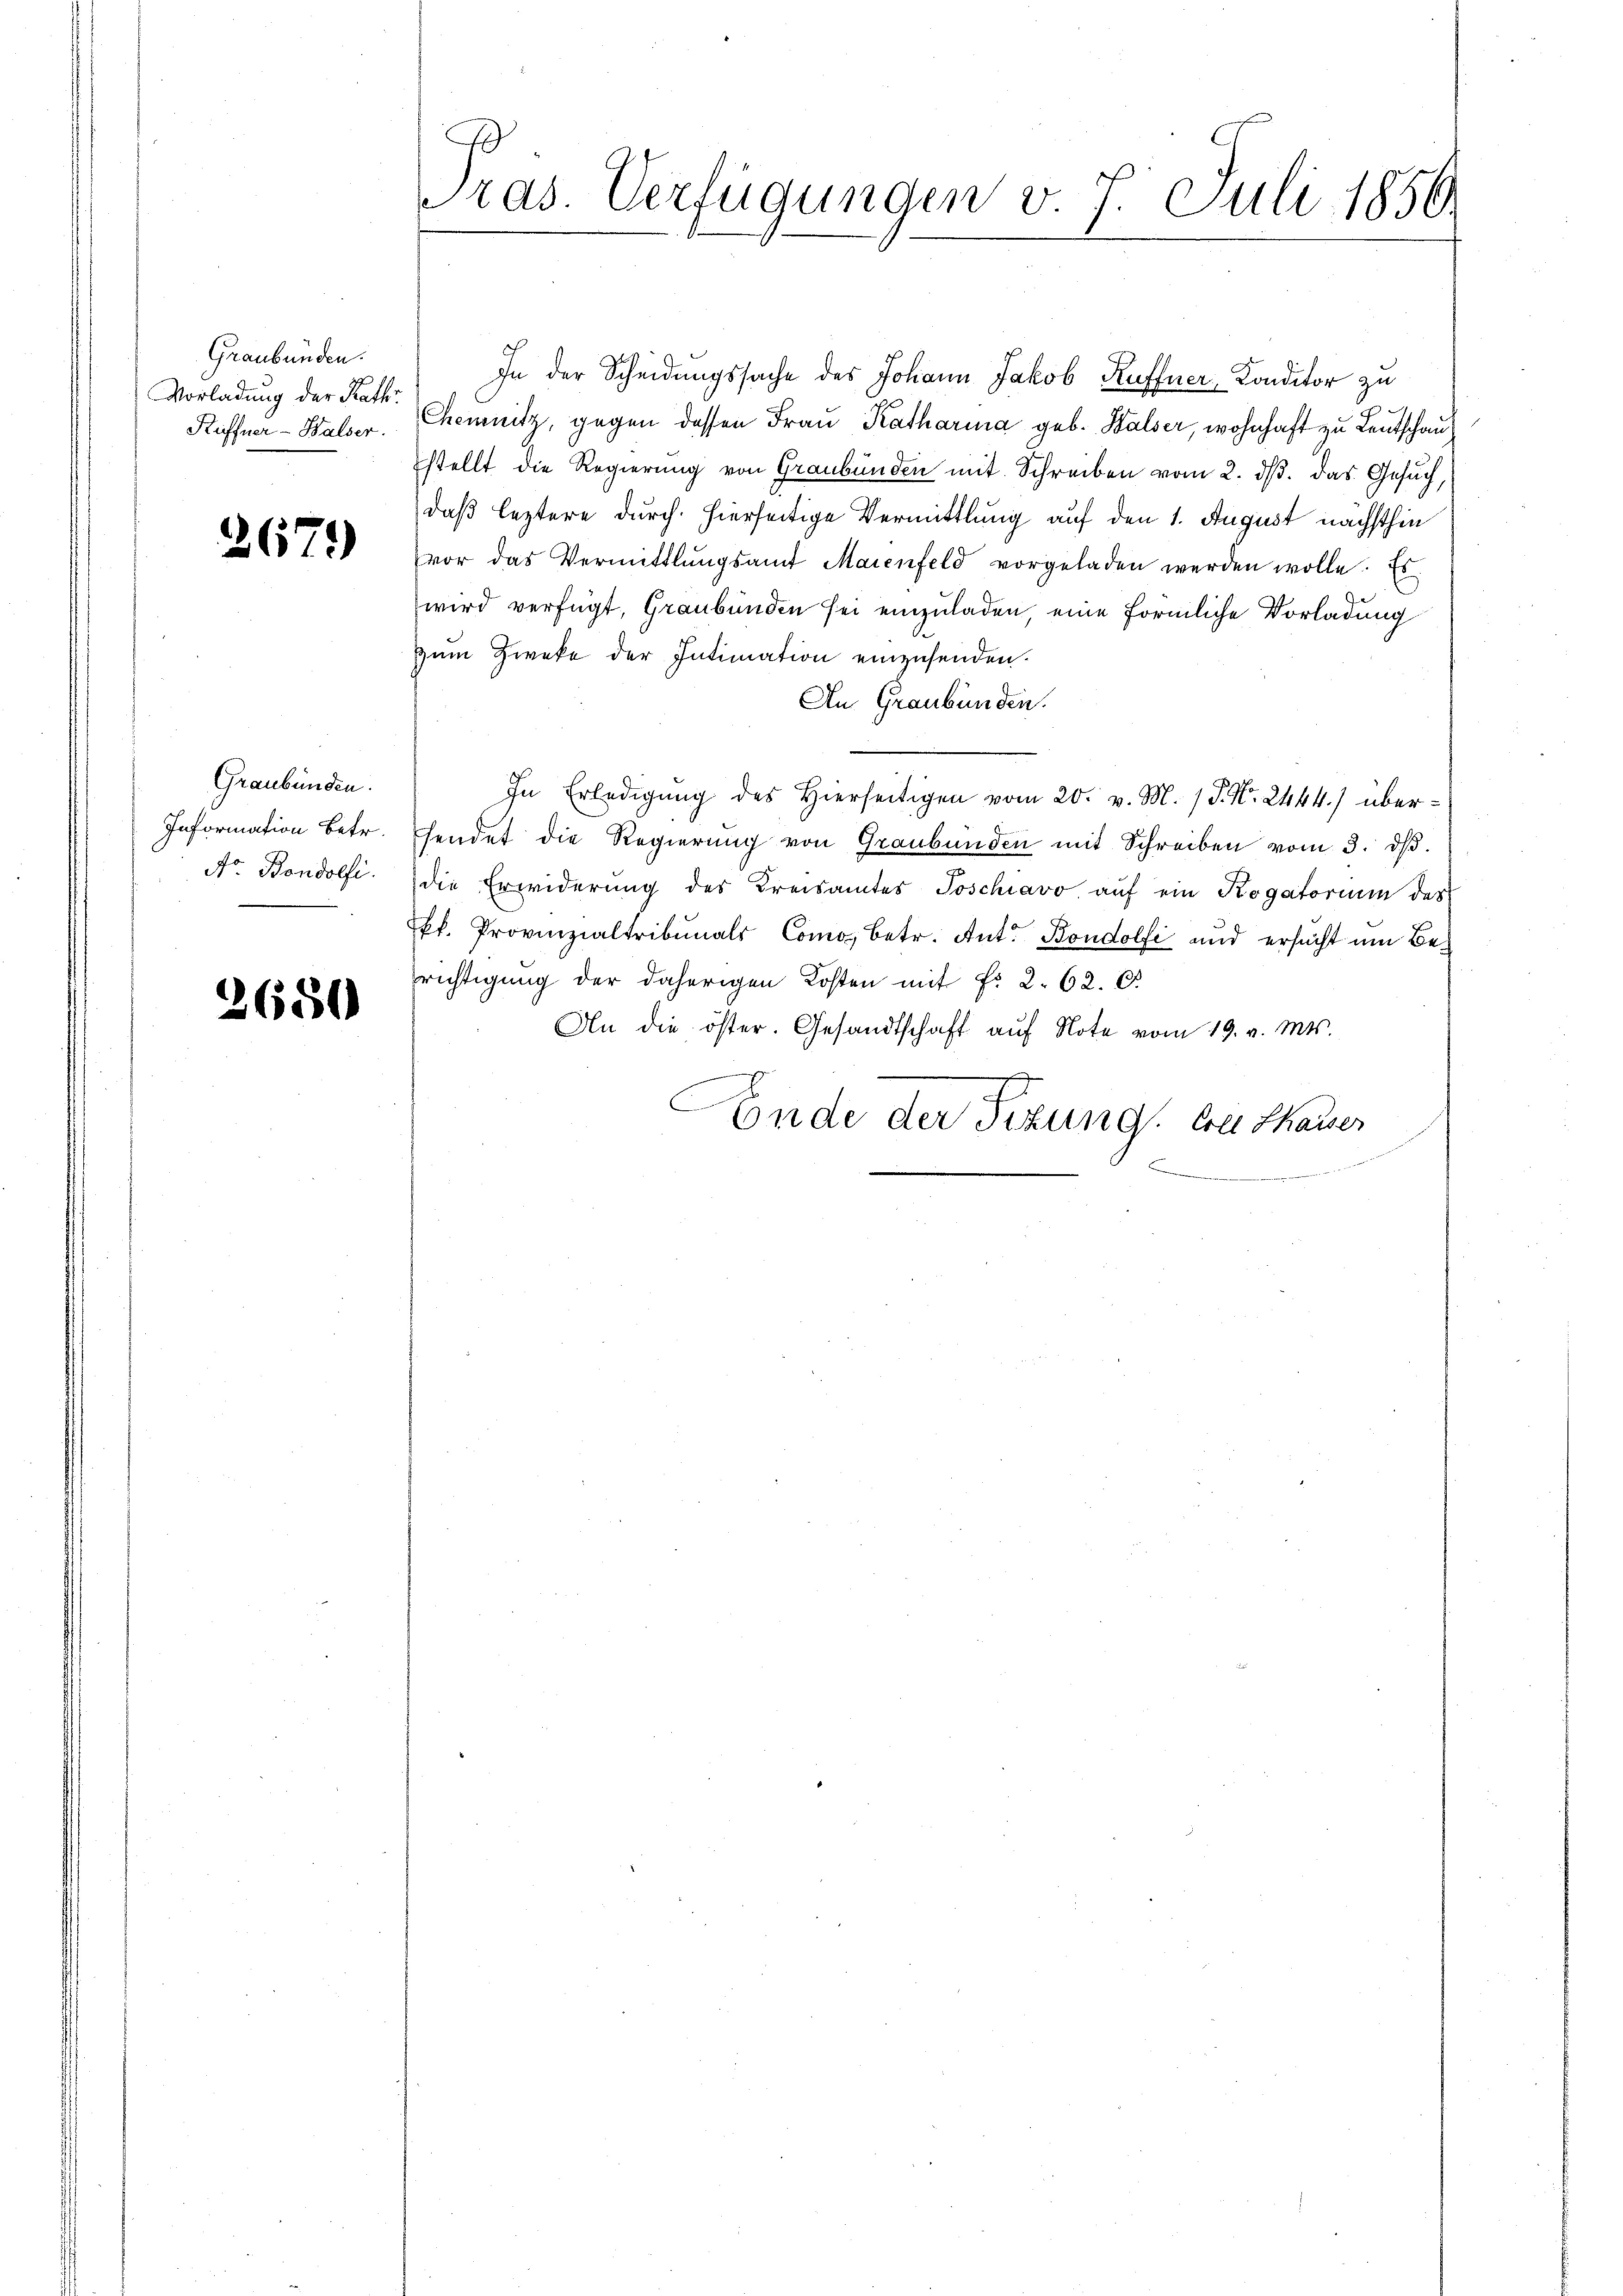
Graubünden.
Vorladung der Kathr
Küffner-Balser.

267.

Graubünden.
Information betr.
Nr. Bondolfi.

2650

ras. Verfügungen v. 7. Juli 1856.

In der Scheidungssache des Johann Jakob Ruffner, Konditor zu
Chemnitz, gegen dessen Frau Katharina geb. Walser, wohnhaft zu Leutschau
stellt die Regierung von Graubünden mit Schreiben vom 2. ds. das Gesuch,
daß leztere durch hierseitige Vermittlung auf den 1. August nächsthin
vor das Vermittlungsamt Maienfeld vorgeladen werden wolle. Es
wird verfügt, Graubünden sei einzuladen, eine förmliche Vorladung
Zum Zweke der Intimation einzusenden.
An Graubünden.
In Erledigung des Hierseitigen vom 20. v. M. P. Nr. 2444.) überhendet die Regierŭng von Graubünden mit Schreiben vom 3. dβ.
die Erwiderung des Kreisamtes Poschiavo auf ein Rogatorium des
kl. Provinzialtribunals Como betr. Ant. Bondolfi und ersucht um Berichtigung der daherigen Kosten mit Fr. 2. 62. 6
An die öster. Gesandtschaft auf Note vom 19. v. Mts.
Ende der Sitzung. Cathauses